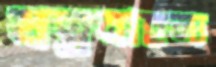
যত্নবাহুল্য